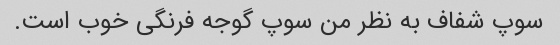
سوپ شفاف به نظر من سوپ گوجه فرنگی خوب است.